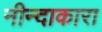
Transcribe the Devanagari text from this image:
नीन्दाकारा